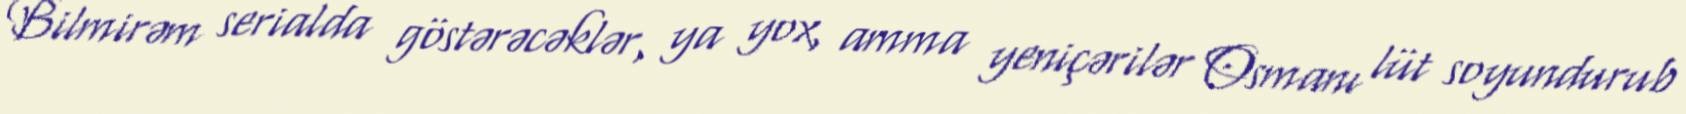
Bilmirəm serialda göstərəcəklər, ya yox, amma yeniçərilər Osmanı lüt soyundurub